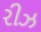
રીઝ